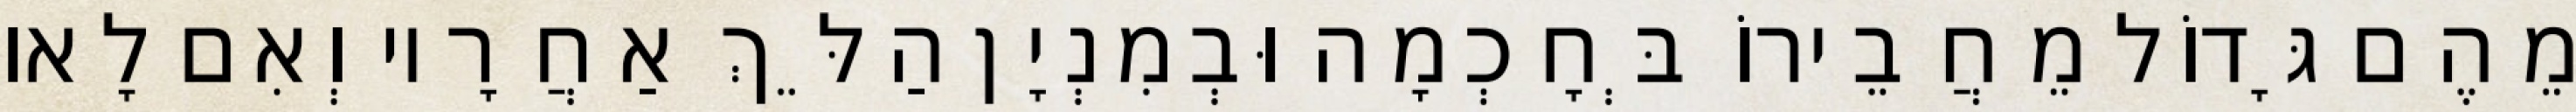
מֵהֶם גָּדוֹל מֵחֲבֵירוֹ בְּחָכְמָה וּבְמִנְיָן הַלֵּךְ אַחֲרָיו וְאִם לָאו